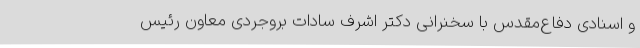
و اسنادی دفاع‌مقدس با سخنرانی دکتر اشرف سادات بروجردی معاون رئیس